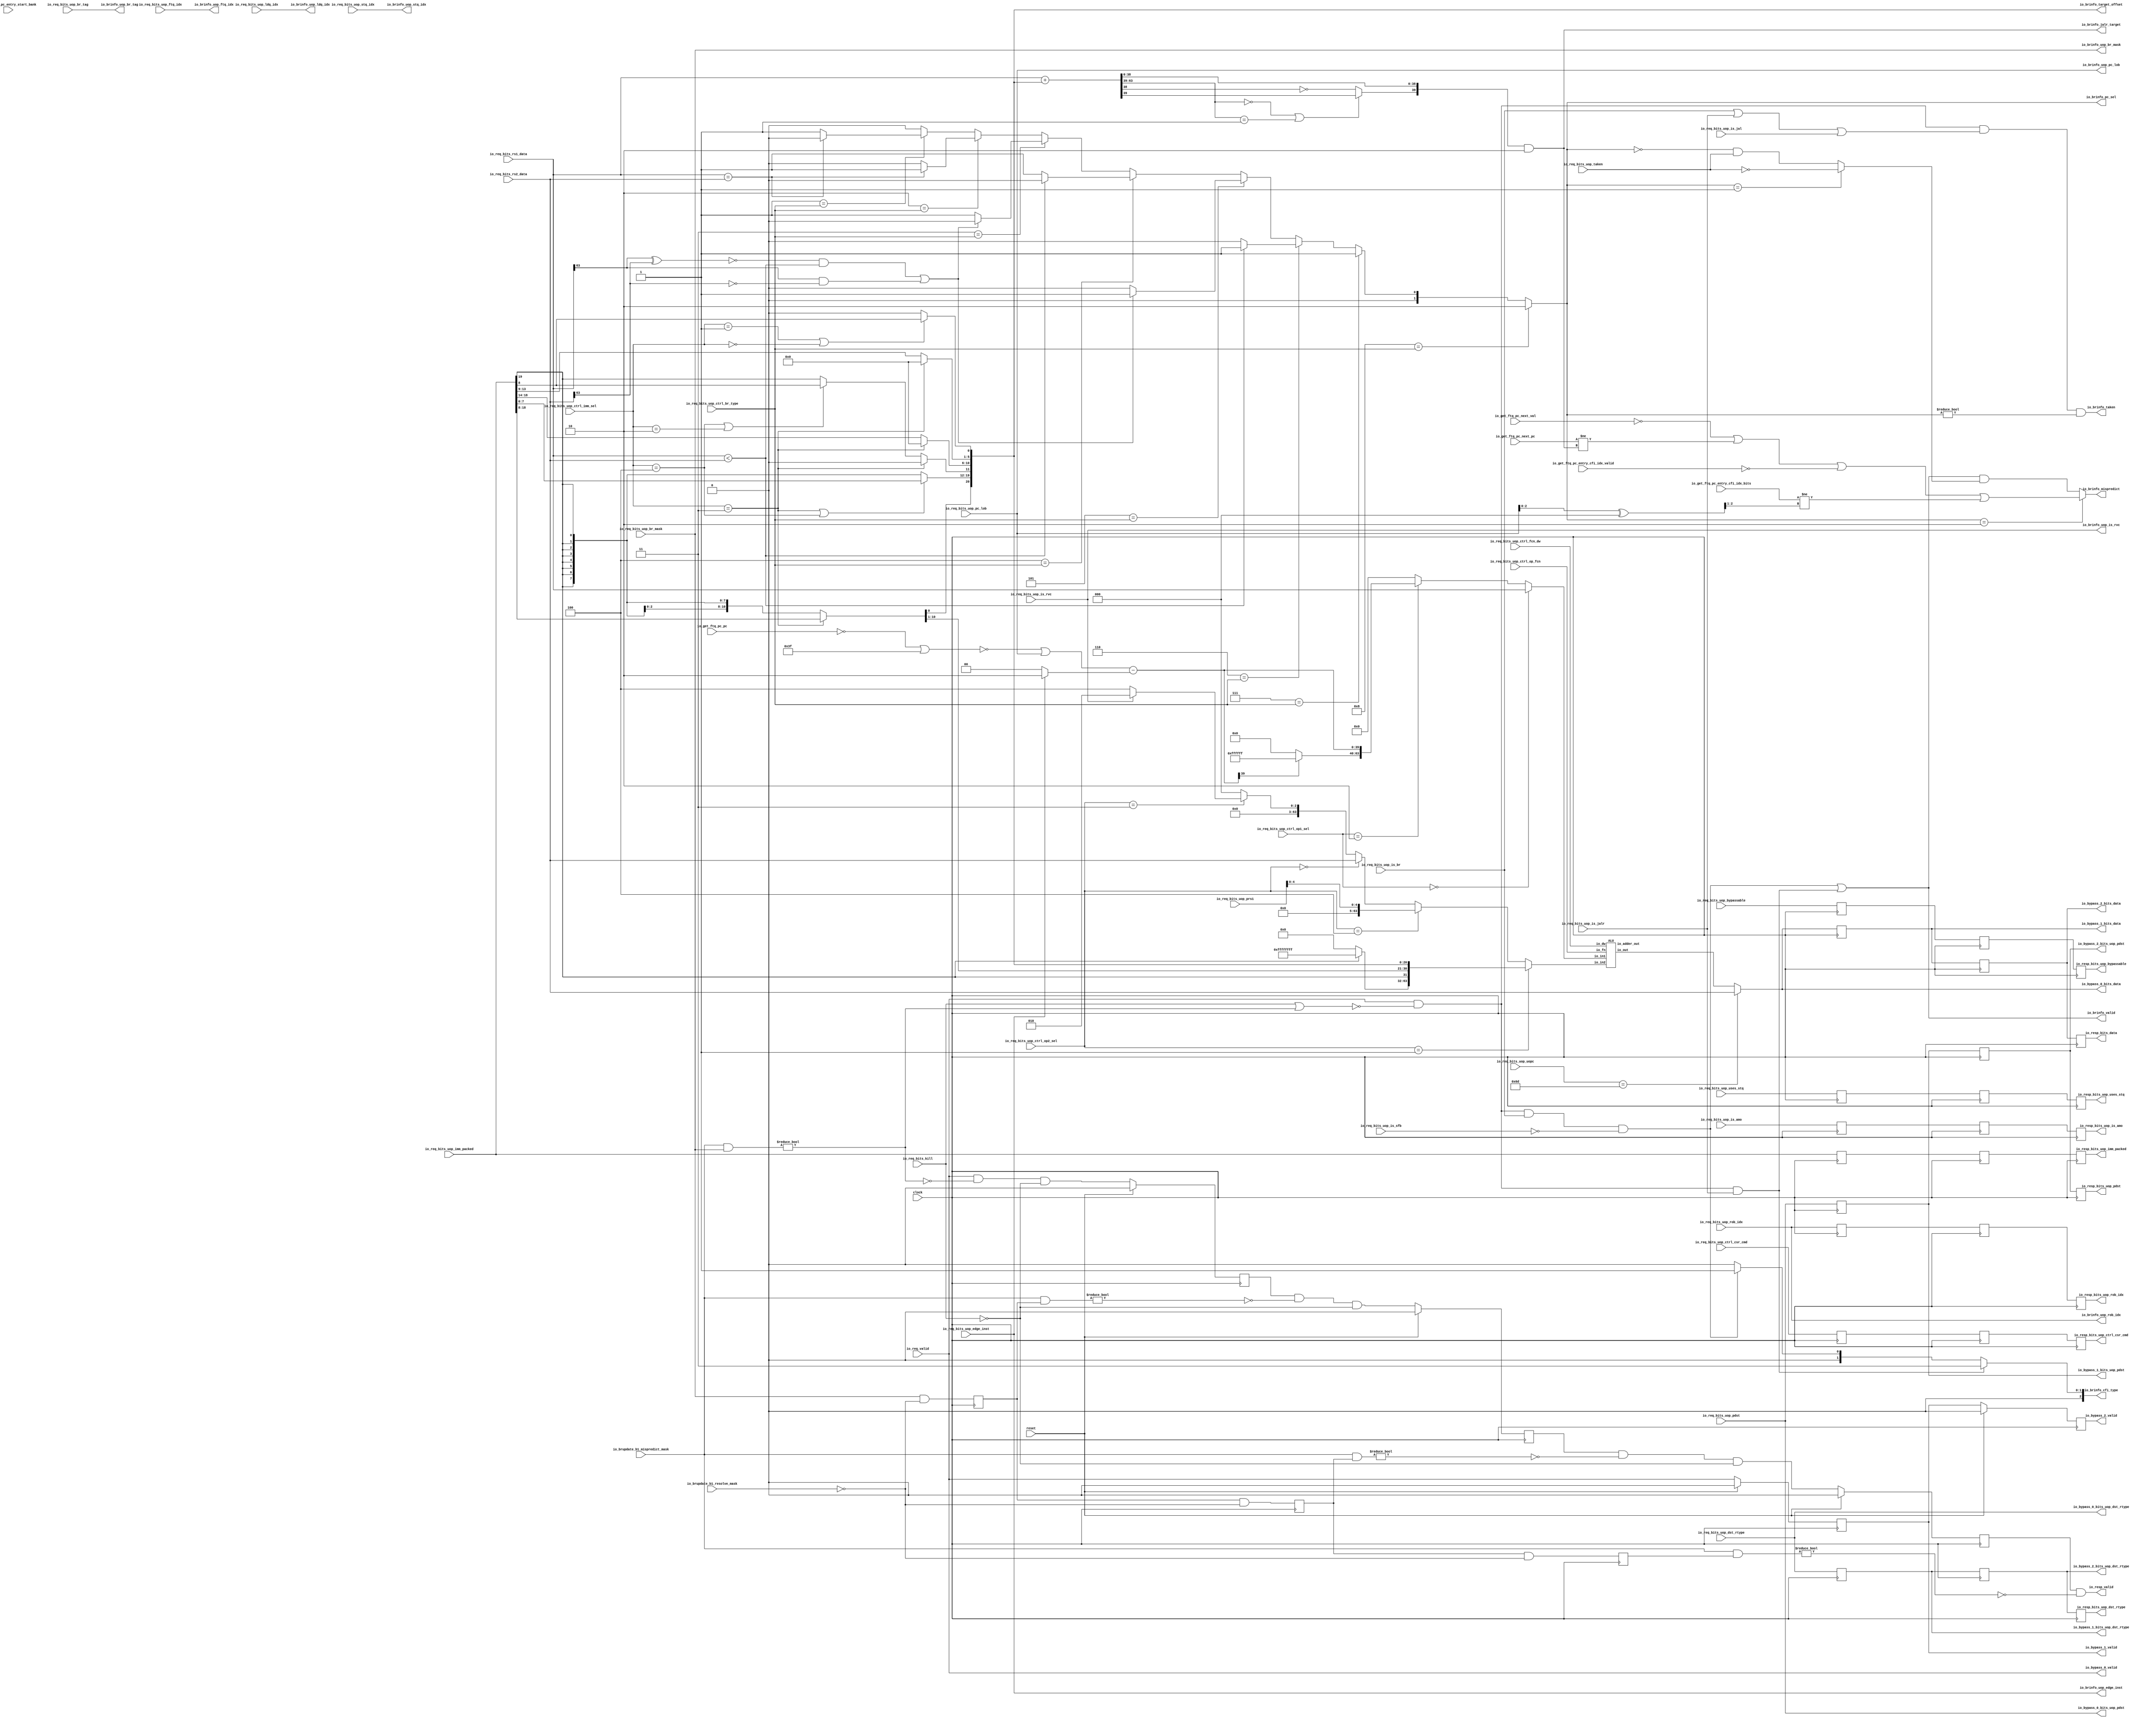
module ALUUnit(
  input         clock,
  input         reset,
  input         io_req_valid,
  input  [6:0]  io_req_bits_uop_uopc,
  input         io_req_bits_uop_is_rvc,
  input  [3:0]  io_req_bits_uop_ctrl_br_type,
  input  [1:0]  io_req_bits_uop_ctrl_op1_sel,
  input  [2:0]  io_req_bits_uop_ctrl_op2_sel,
  input  [2:0]  io_req_bits_uop_ctrl_imm_sel,
  input  [3:0]  io_req_bits_uop_ctrl_op_fcn,
  input         io_req_bits_uop_ctrl_fcn_dw,
  input  [2:0]  io_req_bits_uop_ctrl_csr_cmd,
  input         io_req_bits_uop_is_br,
  input         io_req_bits_uop_is_jalr,
  input         io_req_bits_uop_is_jal,
  input         io_req_bits_uop_is_sfb,
  input  [7:0]  io_req_bits_uop_br_mask,
  input  [2:0]  io_req_bits_uop_br_tag,
  input  [3:0]  io_req_bits_uop_ftq_idx,
  input         io_req_bits_uop_edge_inst,
  input  [5:0]  io_req_bits_uop_pc_lob,
  input         io_req_bits_uop_taken,
  input  [19:0] io_req_bits_uop_imm_packed,
  input  [4:0]  io_req_bits_uop_rob_idx,
  input  [2:0]  io_req_bits_uop_ldq_idx,
  input  [2:0]  io_req_bits_uop_stq_idx,
  input  [5:0]  io_req_bits_uop_pdst,
  input  [5:0]  io_req_bits_uop_prs1,
  input         io_req_bits_uop_bypassable,
  input         io_req_bits_uop_is_amo,
  input         io_req_bits_uop_uses_stq,
  input  [1:0]  io_req_bits_uop_dst_rtype,
  input  [63:0] io_req_bits_rs1_data,
  input  [63:0] io_req_bits_rs2_data,
  input         io_req_bits_kill,
  output        io_resp_valid,
  output [2:0]  io_resp_bits_uop_ctrl_csr_cmd,
  output [19:0] io_resp_bits_uop_imm_packed,
  output [4:0]  io_resp_bits_uop_rob_idx,
  output [5:0]  io_resp_bits_uop_pdst,
  output        io_resp_bits_uop_bypassable,
  output        io_resp_bits_uop_is_amo,
  output        io_resp_bits_uop_uses_stq,
  output [1:0]  io_resp_bits_uop_dst_rtype,
  output [63:0] io_resp_bits_data,
  input  [7:0]  io_brupdate_b1_resolve_mask,
  input  [7:0]  io_brupdate_b1_mispredict_mask,
  output        io_bypass_0_valid,
  output [5:0]  io_bypass_0_bits_uop_pdst,
  output [1:0]  io_bypass_0_bits_uop_dst_rtype,
  output [63:0] io_bypass_0_bits_data,
  output        io_bypass_1_valid,
  output [5:0]  io_bypass_1_bits_uop_pdst,
  output [1:0]  io_bypass_1_bits_uop_dst_rtype,
  output [63:0] io_bypass_1_bits_data,
  output        io_bypass_2_valid,
  output [5:0]  io_bypass_2_bits_uop_pdst,
  output [1:0]  io_bypass_2_bits_uop_dst_rtype,
  output [63:0] io_bypass_2_bits_data,
  output        io_brinfo_uop_is_rvc,
  output [7:0]  io_brinfo_uop_br_mask,
  output [2:0]  io_brinfo_uop_br_tag,
  output [3:0]  io_brinfo_uop_ftq_idx,
  output        io_brinfo_uop_edge_inst,
  output [5:0]  io_brinfo_uop_pc_lob,
  output [4:0]  io_brinfo_uop_rob_idx,
  output [2:0]  io_brinfo_uop_ldq_idx,
  output [2:0]  io_brinfo_uop_stq_idx,
  output        io_brinfo_valid,
  output        io_brinfo_mispredict,
  output        io_brinfo_taken,
  output [2:0]  io_brinfo_cfi_type,
  output [1:0]  io_brinfo_pc_sel,
  output [39:0] io_brinfo_jalr_target,
  output [20:0] io_brinfo_target_offset,
  input         io_get_ftq_pc_entry_cfi_idx_valid,
  input  [1:0]  io_get_ftq_pc_entry_cfi_idx_bits,
  input         io_get_ftq_pc_entry_start_bank,
  input  [39:0] io_get_ftq_pc_pc,
  input         io_get_ftq_pc_next_val,
  input  [39:0] io_get_ftq_pc_next_pc
);
`ifdef RANDOMIZE_REG_INIT
  reg [31:0] _RAND_0;
  reg [31:0] _RAND_1;
  reg [31:0] _RAND_2;
  reg [31:0] _RAND_3;
  reg [31:0] _RAND_4;
  reg [31:0] _RAND_5;
  reg [31:0] _RAND_6;
  reg [31:0] _RAND_7;
  reg [31:0] _RAND_8;
  reg [31:0] _RAND_9;
  reg [31:0] _RAND_10;
  reg [31:0] _RAND_11;
  reg [31:0] _RAND_12;
  reg [31:0] _RAND_13;
  reg [31:0] _RAND_14;
  reg [31:0] _RAND_15;
  reg [31:0] _RAND_16;
  reg [31:0] _RAND_17;
  reg [31:0] _RAND_18;
  reg [31:0] _RAND_19;
  reg [31:0] _RAND_20;
  reg [31:0] _RAND_21;
  reg [31:0] _RAND_22;
  reg [31:0] _RAND_23;
  reg [31:0] _RAND_24;
  reg [31:0] _RAND_25;
  reg [31:0] _RAND_26;
  reg [31:0] _RAND_27;
  reg [31:0] _RAND_28;
  reg [31:0] _RAND_29;
  reg [31:0] _RAND_30;
  reg [31:0] _RAND_31;
  reg [63:0] _RAND_32;
  reg [63:0] _RAND_33;
  reg [63:0] _RAND_34;
`endif // RANDOMIZE_REG_INIT
  wire  alu_io_dw; // @[functional-unit.scala 320:19]
  wire [3:0] alu_io_fn; // @[functional-unit.scala 320:19]
  wire [63:0] alu_io_in2; // @[functional-unit.scala 320:19]
  wire [63:0] alu_io_in1; // @[functional-unit.scala 320:19]
  wire [63:0] alu_io_out; // @[functional-unit.scala 320:19]
  wire [63:0] alu_io_adder_out; // @[functional-unit.scala 320:19]
  reg  r_valids_0; // @[functional-unit.scala 228:27]
  reg  r_valids_1; // @[functional-unit.scala 228:27]
  reg  r_valids_2; // @[functional-unit.scala 228:27]
  reg [2:0] r_uops_0_ctrl_csr_cmd; // @[functional-unit.scala 229:23]
  reg [7:0] r_uops_0_br_mask; // @[functional-unit.scala 229:23]
  reg [19:0] r_uops_0_imm_packed; // @[functional-unit.scala 229:23]
  reg [4:0] r_uops_0_rob_idx; // @[functional-unit.scala 229:23]
  reg [5:0] r_uops_0_pdst; // @[functional-unit.scala 229:23]
  reg  r_uops_0_bypassable; // @[functional-unit.scala 229:23]
  reg  r_uops_0_is_amo; // @[functional-unit.scala 229:23]
  reg  r_uops_0_uses_stq; // @[functional-unit.scala 229:23]
  reg [1:0] r_uops_0_dst_rtype; // @[functional-unit.scala 229:23]
  reg [2:0] r_uops_1_ctrl_csr_cmd; // @[functional-unit.scala 229:23]
  reg [7:0] r_uops_1_br_mask; // @[functional-unit.scala 229:23]
  reg [19:0] r_uops_1_imm_packed; // @[functional-unit.scala 229:23]
  reg [4:0] r_uops_1_rob_idx; // @[functional-unit.scala 229:23]
  reg [5:0] r_uops_1_pdst; // @[functional-unit.scala 229:23]
  reg  r_uops_1_bypassable; // @[functional-unit.scala 229:23]
  reg  r_uops_1_is_amo; // @[functional-unit.scala 229:23]
  reg  r_uops_1_uses_stq; // @[functional-unit.scala 229:23]
  reg [1:0] r_uops_1_dst_rtype; // @[functional-unit.scala 229:23]
  reg [2:0] r_uops_2_ctrl_csr_cmd; // @[functional-unit.scala 229:23]
  reg [7:0] r_uops_2_br_mask; // @[functional-unit.scala 229:23]
  reg [19:0] r_uops_2_imm_packed; // @[functional-unit.scala 229:23]
  reg [4:0] r_uops_2_rob_idx; // @[functional-unit.scala 229:23]
  reg [5:0] r_uops_2_pdst; // @[functional-unit.scala 229:23]
  reg  r_uops_2_bypassable; // @[functional-unit.scala 229:23]
  reg  r_uops_2_is_amo; // @[functional-unit.scala 229:23]
  reg  r_uops_2_uses_stq; // @[functional-unit.scala 229:23]
  reg [1:0] r_uops_2_dst_rtype; // @[functional-unit.scala 229:23]
  wire [7:0] _r_valids_0_T = io_brupdate_b1_mispredict_mask & io_req_bits_uop_br_mask; // @[util.scala 118:51]
  wire  _r_valids_0_T_1 = _r_valids_0_T != 8'h0; // @[util.scala 118:59]
  wire  _r_valids_0_T_4 = ~io_req_bits_kill; // @[functional-unit.scala 232:87]
  wire [7:0] _r_uops_0_br_mask_T = ~io_brupdate_b1_resolve_mask; // @[util.scala 85:27]
  wire [7:0] _r_valids_1_T = io_brupdate_b1_mispredict_mask & r_uops_0_br_mask; // @[util.scala 118:51]
  wire  _r_valids_1_T_1 = _r_valids_1_T != 8'h0; // @[util.scala 118:59]
  wire [7:0] _r_valids_2_T = io_brupdate_b1_mispredict_mask & r_uops_1_br_mask; // @[util.scala 118:51]
  wire  _r_valids_2_T_1 = _r_valids_2_T != 8'h0; // @[util.scala 118:59]
  wire [7:0] _io_resp_valid_T = io_brupdate_b1_mispredict_mask & r_uops_2_br_mask; // @[util.scala 118:51]
  wire  _io_resp_valid_T_1 = _io_resp_valid_T != 8'h0; // @[util.scala 118:59]
  wire  imm_xprlen_sign = io_req_bits_uop_imm_packed[19]; // @[util.scala 273:37]
  wire  _imm_xprlen_i30_20_T = io_req_bits_uop_ctrl_imm_sel == 3'h3; // @[util.scala 274:27]
  wire [10:0] _imm_xprlen_i30_20_T_2 = io_req_bits_uop_imm_packed[18:8]; // @[util.scala 274:46]
  wire  _imm_xprlen_i19_12_T_1 = io_req_bits_uop_ctrl_imm_sel == 3'h4; // @[util.scala 275:44]
  wire [7:0] _imm_xprlen_i19_12_T_4 = io_req_bits_uop_imm_packed[7:0]; // @[util.scala 275:62]
  wire  _imm_xprlen_i11_T_5 = io_req_bits_uop_imm_packed[8]; // @[util.scala 277:60]
  wire  _imm_xprlen_i11_T_6 = _imm_xprlen_i19_12_T_1 | io_req_bits_uop_ctrl_imm_sel == 3'h2 ? $signed(
    _imm_xprlen_i11_T_5) : $signed(imm_xprlen_sign); // @[util.scala 277:21]
  wire [4:0] _imm_xprlen_i10_5_T_2 = io_req_bits_uop_imm_packed[18:14]; // @[util.scala 278:52]
  wire [4:0] _imm_xprlen_i4_1_T_2 = io_req_bits_uop_imm_packed[13:9]; // @[util.scala 279:51]
  wire  imm_xprlen_lo_lo = io_req_bits_uop_ctrl_imm_sel == 3'h1 | io_req_bits_uop_ctrl_imm_sel == 3'h0 ? $signed(
    _imm_xprlen_i11_T_5) : $signed(1'sh0); // @[Cat.scala 31:58]
  wire [4:0] imm_xprlen_lo_hi_lo = _imm_xprlen_i30_20_T ? $signed(5'sh0) : $signed(_imm_xprlen_i4_1_T_2); // @[Cat.scala 31:58]
  wire [4:0] imm_xprlen_lo_hi_hi = _imm_xprlen_i30_20_T ? $signed(5'sh0) : $signed(_imm_xprlen_i10_5_T_2); // @[Cat.scala 31:58]
  wire  imm_xprlen_hi_lo_lo = _imm_xprlen_i30_20_T ? $signed(1'sh0) : $signed(_imm_xprlen_i11_T_6); // @[Cat.scala 31:58]
  wire [7:0] imm_xprlen_hi_lo_hi = _imm_xprlen_i30_20_T | io_req_bits_uop_ctrl_imm_sel == 3'h4 ? $signed(
    _imm_xprlen_i19_12_T_4) : $signed({8{imm_xprlen_sign}}); // @[Cat.scala 31:58]
  wire [10:0] imm_xprlen_hi_hi_lo = io_req_bits_uop_ctrl_imm_sel == 3'h3 ? $signed(_imm_xprlen_i30_20_T_2) : $signed({11
    {imm_xprlen_sign}}); // @[Cat.scala 31:58]
  wire  imm_xprlen_hi_hi_hi = io_req_bits_uop_imm_packed[19]; // @[Cat.scala 31:58]
  wire [31:0] imm_xprlen = {imm_xprlen_hi_hi_hi,imm_xprlen_hi_hi_lo,imm_xprlen_hi_lo_hi,imm_xprlen_hi_lo_lo,
    imm_xprlen_lo_hi_hi,imm_xprlen_lo_hi_lo,imm_xprlen_lo_lo}; // @[util.scala 282:60]
  wire [39:0] _block_pc_T = ~io_get_ftq_pc_pc; // @[util.scala 237:7]
  wire [39:0] _block_pc_T_1 = _block_pc_T | 40'h3f; // @[util.scala 237:11]
  wire [39:0] block_pc = ~_block_pc_T_1; // @[util.scala 237:5]
  wire [39:0] _GEN_5 = {{34'd0}, io_req_bits_uop_pc_lob}; // @[functional-unit.scala 303:28]
  wire [39:0] _uop_pc_T = block_pc | _GEN_5; // @[functional-unit.scala 303:28]
  wire [1:0] _uop_pc_T_1 = io_req_bits_uop_edge_inst ? 2'h2 : 2'h0; // @[functional-unit.scala 303:47]
  wire [39:0] _GEN_6 = {{38'd0}, _uop_pc_T_1}; // @[functional-unit.scala 303:42]
  wire [39:0] uop_pc = _uop_pc_T - _GEN_6; // @[functional-unit.scala 303:42]
  wire [23:0] _T_4 = uop_pc[39] ? 24'hffffff : 24'h0; // @[Bitwise.scala 74:12]
  wire [63:0] _T_5 = {_T_4,uop_pc}; // @[Cat.scala 31:58]
  wire [63:0] _T_6 = io_req_bits_uop_ctrl_op1_sel == 2'h2 ? _T_5 : 64'h0; // @[functional-unit.scala 306:19]
  wire [31:0] _op2_data_T_1 = {imm_xprlen_hi_hi_hi,imm_xprlen_hi_hi_lo,imm_xprlen_hi_lo_hi,imm_xprlen_hi_lo_lo,
    imm_xprlen_lo_hi_hi,imm_xprlen_lo_hi_lo,imm_xprlen_lo_lo}; // @[functional-unit.scala 314:69]
  wire [31:0] _op2_data_T_4 = _op2_data_T_1[31] ? 32'hffffffff : 32'h0; // @[Bitwise.scala 74:12]
  wire [63:0] _op2_data_T_5 = {_op2_data_T_4,_op2_data_T_1}; // @[Cat.scala 31:58]
  wire [2:0] _op2_data_T_10 = io_req_bits_uop_is_rvc ? 3'h2 : 3'h4; // @[functional-unit.scala 317:56]
  wire [2:0] _op2_data_T_11 = io_req_bits_uop_ctrl_op2_sel == 3'h3 ? _op2_data_T_10 : 3'h0; // @[functional-unit.scala 317:21]
  wire [63:0] _op2_data_T_12 = io_req_bits_uop_ctrl_op2_sel == 3'h0 ? io_req_bits_rs2_data : {{61'd0}, _op2_data_T_11}; // @[functional-unit.scala 316:21]
  wire [63:0] _op2_data_T_13 = io_req_bits_uop_ctrl_op2_sel == 3'h4 ? {{59'd0}, io_req_bits_uop_prs1[4:0]} :
    _op2_data_T_12; // @[functional-unit.scala 315:21]
  wire  killed = io_req_bits_kill | _r_valids_0_T_1; // @[functional-unit.scala 331:26]
  wire  br_eq = io_req_bits_rs1_data == io_req_bits_rs2_data; // @[functional-unit.scala 337:21]
  wire  br_ltu = io_req_bits_rs1_data < io_req_bits_rs2_data; // @[functional-unit.scala 338:28]
  wire  _br_lt_T_8 = io_req_bits_rs1_data[63] & ~io_req_bits_rs2_data[63]; // @[functional-unit.scala 340:29]
  wire  br_lt = ~(io_req_bits_rs1_data[63] ^ io_req_bits_rs2_data[63]) & br_ltu | _br_lt_T_8; // @[functional-unit.scala 339:55]
  wire [1:0] _pc_sel_T_1 = ~br_eq ? 2'h1 : 2'h0; // @[functional-unit.scala 344:38]
  wire [1:0] _pc_sel_T_2 = br_eq ? 2'h1 : 2'h0; // @[functional-unit.scala 345:38]
  wire [1:0] _pc_sel_T_4 = ~br_lt ? 2'h1 : 2'h0; // @[functional-unit.scala 346:38]
  wire [1:0] _pc_sel_T_6 = ~br_ltu ? 2'h1 : 2'h0; // @[functional-unit.scala 347:38]
  wire [1:0] _pc_sel_T_7 = br_lt ? 2'h1 : 2'h0; // @[functional-unit.scala 348:38]
  wire [1:0] _pc_sel_T_8 = br_ltu ? 2'h1 : 2'h0; // @[functional-unit.scala 349:38]
  wire [1:0] _pc_sel_T_12 = 4'h1 == io_req_bits_uop_ctrl_br_type ? _pc_sel_T_1 : 2'h0; // @[Mux.scala 81:58]
  wire [1:0] _pc_sel_T_14 = 4'h2 == io_req_bits_uop_ctrl_br_type ? _pc_sel_T_2 : _pc_sel_T_12; // @[Mux.scala 81:58]
  wire [1:0] _pc_sel_T_16 = 4'h3 == io_req_bits_uop_ctrl_br_type ? _pc_sel_T_4 : _pc_sel_T_14; // @[Mux.scala 81:58]
  wire [1:0] _pc_sel_T_18 = 4'h4 == io_req_bits_uop_ctrl_br_type ? _pc_sel_T_6 : _pc_sel_T_16; // @[Mux.scala 81:58]
  wire [1:0] _pc_sel_T_20 = 4'h5 == io_req_bits_uop_ctrl_br_type ? _pc_sel_T_7 : _pc_sel_T_18; // @[Mux.scala 81:58]
  wire [1:0] _pc_sel_T_22 = 4'h6 == io_req_bits_uop_ctrl_br_type ? _pc_sel_T_8 : _pc_sel_T_20; // @[Mux.scala 81:58]
  wire [1:0] _pc_sel_T_24 = 4'h7 == io_req_bits_uop_ctrl_br_type ? 2'h1 : _pc_sel_T_22; // @[Mux.scala 81:58]
  wire [1:0] pc_sel = 4'h8 == io_req_bits_uop_ctrl_br_type ? 2'h2 : _pc_sel_T_24; // @[Mux.scala 81:58]
  wire  _is_taken_T = ~killed; // @[functional-unit.scala 355:20]
  wire  _is_taken_T_1 = io_req_valid & _is_taken_T; // @[functional-unit.scala 354:31]
  wire  _is_taken_T_3 = io_req_bits_uop_is_br | io_req_bits_uop_is_jalr | io_req_bits_uop_is_jal; // @[functional-unit.scala 356:46]
  wire  _is_taken_T_4 = _is_taken_T_1 & _is_taken_T_3; // @[functional-unit.scala 355:28]
  wire  _is_taken_T_5 = pc_sel != 2'h0; // @[functional-unit.scala 357:28]
  wire  is_br = _is_taken_T_1 & io_req_bits_uop_is_br & ~io_req_bits_uop_is_sfb; // @[functional-unit.scala 362:61]
  wire  is_jalr = _is_taken_T_1 & io_req_bits_uop_is_jalr; // @[functional-unit.scala 364:48]
  wire  _GEN_1 = pc_sel == 2'h0 & io_req_bits_uop_taken; // @[functional-unit.scala 370:32 371:18]
  wire  _GEN_2 = pc_sel == 2'h1 ? ~io_req_bits_uop_taken : _GEN_1; // @[functional-unit.scala 373:32 374:18]
  wire  _GEN_3 = (is_br | is_jalr) & _GEN_2; // @[functional-unit.scala 366:27]
  wire [2:0] _brinfo_cfi_type_T = is_br ? 3'h1 : 3'h0; // @[functional-unit.scala 385:31]
  wire [20:0] target_offset = imm_xprlen[20:0]; // @[functional-unit.scala 395:40]
  wire [63:0] _GEN_7 = {{43{target_offset[20]}},target_offset}; // @[functional-unit.scala 411:43]
  wire [63:0] jalr_target_xlen = $signed(io_req_bits_rs1_data) + $signed(_GEN_7); // @[functional-unit.scala 411:60]
  wire [63:0] _jalr_target_a_T = $signed(io_req_bits_rs1_data) + $signed(_GEN_7); // @[functional-unit.scala 403:18]
  wire [24:0] a = _jalr_target_a_T[63:39]; // @[functional-unit.scala 403:25]
  wire  msb = $signed(a) == 25'sh0 | $signed(a) == -25'sh1 ? jalr_target_xlen[39] : ~jalr_target_xlen[38]; // @[functional-unit.scala 404:20]
  wire [39:0] _jalr_target_T_2 = {msb,jalr_target_xlen[38:0]}; // @[functional-unit.scala 412:81]
  wire [39:0] jalr_target = $signed(_jalr_target_T_2) & -40'sh2; // @[functional-unit.scala 412:96]
  wire [3:0] _cfi_idx_T_2 = io_get_ftq_pc_entry_start_bank ? 4'h8 : 4'h0; // @[functional-unit.scala 415:37]
  wire [5:0] _GEN_8 = {{2'd0}, _cfi_idx_T_2}; // @[functional-unit.scala 415:32]
  wire [5:0] _cfi_idx_T_3 = io_req_bits_uop_pc_lob ^ _GEN_8; // @[functional-unit.scala 415:32]
  wire [1:0] cfi_idx = _cfi_idx_T_3[2:1]; // @[functional-unit.scala 415:112]
  wire  _mispredict_T_2 = io_get_ftq_pc_next_pc != jalr_target; // @[functional-unit.scala 419:44]
  wire  _mispredict_T_3 = ~io_get_ftq_pc_next_val | _mispredict_T_2; // @[functional-unit.scala 418:45]
  wire  _mispredict_T_4 = ~io_get_ftq_pc_entry_cfi_idx_valid; // @[functional-unit.scala 420:21]
  wire  _mispredict_T_5 = _mispredict_T_3 | _mispredict_T_4; // @[functional-unit.scala 419:61]
  wire  _mispredict_T_6 = io_get_ftq_pc_entry_cfi_idx_bits != cfi_idx; // @[functional-unit.scala 421:55]
  wire  _mispredict_T_7 = _mispredict_T_5 | _mispredict_T_6; // @[functional-unit.scala 420:56]
  reg  r_val_0; // @[functional-unit.scala 439:23]
  reg  r_val_1; // @[functional-unit.scala 439:23]
  reg [63:0] r_data_0; // @[functional-unit.scala 440:19]
  reg [63:0] r_data_1; // @[functional-unit.scala 440:19]
  reg [63:0] r_data_2; // @[functional-unit.scala 440:19]
  ALU alu ( // @[functional-unit.scala 320:19]
    .io_dw(alu_io_dw),
    .io_fn(alu_io_fn),
    .io_in2(alu_io_in2),
    .io_in1(alu_io_in1),
    .io_out(alu_io_out),
    .io_adder_out(alu_io_adder_out)
  );
  assign io_resp_valid = r_valids_2 & ~_io_resp_valid_T_1; // @[functional-unit.scala 249:47]
  assign io_resp_bits_uop_ctrl_csr_cmd = r_uops_2_ctrl_csr_cmd; // @[functional-unit.scala 251:22]
  assign io_resp_bits_uop_imm_packed = r_uops_2_imm_packed; // @[functional-unit.scala 251:22]
  assign io_resp_bits_uop_rob_idx = r_uops_2_rob_idx; // @[functional-unit.scala 251:22]
  assign io_resp_bits_uop_pdst = r_uops_2_pdst; // @[functional-unit.scala 251:22]
  assign io_resp_bits_uop_bypassable = r_uops_2_bypassable; // @[functional-unit.scala 251:22]
  assign io_resp_bits_uop_is_amo = r_uops_2_is_amo; // @[functional-unit.scala 251:22]
  assign io_resp_bits_uop_uses_stq = r_uops_2_uses_stq; // @[functional-unit.scala 251:22]
  assign io_resp_bits_uop_dst_rtype = r_uops_2_dst_rtype; // @[functional-unit.scala 251:22]
  assign io_resp_bits_data = r_data_2; // @[functional-unit.scala 453:21]
  assign io_bypass_0_valid = io_req_valid; // @[functional-unit.scala 459:22]
  assign io_bypass_0_bits_uop_pdst = io_req_bits_uop_pdst; // @[functional-unit.scala 256:29]
  assign io_bypass_0_bits_uop_dst_rtype = io_req_bits_uop_dst_rtype; // @[functional-unit.scala 256:29]
  assign io_bypass_0_bits_data = io_req_bits_uop_uopc == 7'h6d ? io_req_bits_rs2_data : alu_io_out; // @[functional-unit.scala 444:8]
  assign io_bypass_1_valid = r_val_0; // @[functional-unit.scala 462:24]
  assign io_bypass_1_bits_uop_pdst = r_uops_0_pdst; // @[functional-unit.scala 259:31]
  assign io_bypass_1_bits_uop_dst_rtype = r_uops_0_dst_rtype; // @[functional-unit.scala 259:31]
  assign io_bypass_1_bits_data = r_data_0; // @[functional-unit.scala 463:28]
  assign io_bypass_2_valid = r_val_1; // @[functional-unit.scala 462:24]
  assign io_bypass_2_bits_uop_pdst = r_uops_1_pdst; // @[functional-unit.scala 259:31]
  assign io_bypass_2_bits_uop_dst_rtype = r_uops_1_dst_rtype; // @[functional-unit.scala 259:31]
  assign io_bypass_2_bits_data = r_data_1; // @[functional-unit.scala 463:28]
  assign io_brinfo_uop_is_rvc = io_req_bits_uop_is_rvc; // @[functional-unit.scala 378:20 383:25]
  assign io_brinfo_uop_br_mask = io_req_bits_uop_br_mask; // @[functional-unit.scala 378:20 383:25]
  assign io_brinfo_uop_br_tag = io_req_bits_uop_br_tag; // @[functional-unit.scala 378:20 383:25]
  assign io_brinfo_uop_ftq_idx = io_req_bits_uop_ftq_idx; // @[functional-unit.scala 378:20 383:25]
  assign io_brinfo_uop_edge_inst = io_req_bits_uop_edge_inst; // @[functional-unit.scala 378:20 383:25]
  assign io_brinfo_uop_pc_lob = io_req_bits_uop_pc_lob; // @[functional-unit.scala 378:20 383:25]
  assign io_brinfo_uop_rob_idx = io_req_bits_uop_rob_idx; // @[functional-unit.scala 378:20 383:25]
  assign io_brinfo_uop_ldq_idx = io_req_bits_uop_ldq_idx; // @[functional-unit.scala 378:20 383:25]
  assign io_brinfo_uop_stq_idx = io_req_bits_uop_stq_idx; // @[functional-unit.scala 378:20 383:25]
  assign io_brinfo_valid = is_br | is_jalr; // @[functional-unit.scala 381:34]
  assign io_brinfo_mispredict = pc_sel == 2'h2 ? _mispredict_T_7 : _GEN_3; // @[functional-unit.scala 417:31 418:18]
  assign io_brinfo_taken = _is_taken_T_4 & _is_taken_T_5; // @[functional-unit.scala 356:61]
  assign io_brinfo_cfi_type = is_jalr ? 3'h3 : _brinfo_cfi_type_T; // @[functional-unit.scala 384:31]
  assign io_brinfo_pc_sel = 4'h8 == io_req_bits_uop_ctrl_br_type ? 2'h2 : _pc_sel_T_24; // @[Mux.scala 81:58]
  assign io_brinfo_jalr_target = $signed(_jalr_target_T_2) & -40'sh2; // @[functional-unit.scala 412:96]
  assign io_brinfo_target_offset = imm_xprlen[20:0]; // @[functional-unit.scala 395:40]
  assign alu_io_dw = io_req_bits_uop_ctrl_fcn_dw; // @[functional-unit.scala 325:14]
  assign alu_io_fn = io_req_bits_uop_ctrl_op_fcn; // @[functional-unit.scala 324:14]
  assign alu_io_in2 = io_req_bits_uop_ctrl_op2_sel == 3'h1 ? _op2_data_T_5 : _op2_data_T_13; // @[functional-unit.scala 314:21]
  assign alu_io_in1 = io_req_bits_uop_ctrl_op1_sel == 2'h0 ? io_req_bits_rs1_data : _T_6; // @[functional-unit.scala 305:19]
  always @(posedge clock) begin
    if (reset) begin // @[functional-unit.scala 228:27]
      r_valids_0 <= 1'h0; // @[functional-unit.scala 228:27]
    end else begin
      r_valids_0 <= io_req_valid & ~_r_valids_0_T_1 & ~io_req_bits_kill; // @[functional-unit.scala 232:17]
    end
    if (reset) begin // @[functional-unit.scala 228:27]
      r_valids_1 <= 1'h0; // @[functional-unit.scala 228:27]
    end else begin
      r_valids_1 <= r_valids_0 & ~_r_valids_1_T_1 & _r_valids_0_T_4; // @[functional-unit.scala 238:19]
    end
    if (reset) begin // @[functional-unit.scala 228:27]
      r_valids_2 <= 1'h0; // @[functional-unit.scala 228:27]
    end else begin
      r_valids_2 <= r_valids_1 & ~_r_valids_2_T_1 & _r_valids_0_T_4; // @[functional-unit.scala 238:19]
    end
    r_uops_0_ctrl_csr_cmd <= io_req_bits_uop_ctrl_csr_cmd; // @[functional-unit.scala 233:17]
    r_uops_0_br_mask <= io_req_bits_uop_br_mask & _r_uops_0_br_mask_T; // @[util.scala 85:25]
    r_uops_0_imm_packed <= io_req_bits_uop_imm_packed; // @[functional-unit.scala 233:17]
    r_uops_0_rob_idx <= io_req_bits_uop_rob_idx; // @[functional-unit.scala 233:17]
    r_uops_0_pdst <= io_req_bits_uop_pdst; // @[functional-unit.scala 233:17]
    r_uops_0_bypassable <= io_req_bits_uop_bypassable; // @[functional-unit.scala 233:17]
    r_uops_0_is_amo <= io_req_bits_uop_is_amo; // @[functional-unit.scala 233:17]
    r_uops_0_uses_stq <= io_req_bits_uop_uses_stq; // @[functional-unit.scala 233:17]
    r_uops_0_dst_rtype <= io_req_bits_uop_dst_rtype; // @[functional-unit.scala 233:17]
    r_uops_1_ctrl_csr_cmd <= r_uops_0_ctrl_csr_cmd; // @[functional-unit.scala 239:19]
    r_uops_1_br_mask <= r_uops_0_br_mask & _r_uops_0_br_mask_T; // @[util.scala 85:25]
    r_uops_1_imm_packed <= r_uops_0_imm_packed; // @[functional-unit.scala 239:19]
    r_uops_1_rob_idx <= r_uops_0_rob_idx; // @[functional-unit.scala 239:19]
    r_uops_1_pdst <= r_uops_0_pdst; // @[functional-unit.scala 239:19]
    r_uops_1_bypassable <= r_uops_0_bypassable; // @[functional-unit.scala 239:19]
    r_uops_1_is_amo <= r_uops_0_is_amo; // @[functional-unit.scala 239:19]
    r_uops_1_uses_stq <= r_uops_0_uses_stq; // @[functional-unit.scala 239:19]
    r_uops_1_dst_rtype <= r_uops_0_dst_rtype; // @[functional-unit.scala 239:19]
    r_uops_2_ctrl_csr_cmd <= r_uops_1_ctrl_csr_cmd; // @[functional-unit.scala 239:19]
    r_uops_2_br_mask <= r_uops_1_br_mask & _r_uops_0_br_mask_T; // @[util.scala 85:25]
    r_uops_2_imm_packed <= r_uops_1_imm_packed; // @[functional-unit.scala 239:19]
    r_uops_2_rob_idx <= r_uops_1_rob_idx; // @[functional-unit.scala 239:19]
    r_uops_2_pdst <= r_uops_1_pdst; // @[functional-unit.scala 239:19]
    r_uops_2_bypassable <= r_uops_1_bypassable; // @[functional-unit.scala 239:19]
    r_uops_2_is_amo <= r_uops_1_is_amo; // @[functional-unit.scala 239:19]
    r_uops_2_uses_stq <= r_uops_1_uses_stq; // @[functional-unit.scala 239:19]
    r_uops_2_dst_rtype <= r_uops_1_dst_rtype; // @[functional-unit.scala 239:19]
    if (reset) begin // @[functional-unit.scala 439:23]
      r_val_0 <= 1'h0; // @[functional-unit.scala 439:23]
    end else begin
      r_val_0 <= io_req_valid; // @[functional-unit.scala 445:13]
    end
    if (reset) begin // @[functional-unit.scala 439:23]
      r_val_1 <= 1'h0; // @[functional-unit.scala 439:23]
    end else begin
      r_val_1 <= r_val_0; // @[functional-unit.scala 449:15]
    end
    if (io_req_bits_uop_uopc == 7'h6d) begin // @[functional-unit.scala 444:8]
      r_data_0 <= io_req_bits_rs2_data;
    end else begin
      r_data_0 <= alu_io_out;
    end
    r_data_1 <= r_data_0; // @[functional-unit.scala 450:15]
    r_data_2 <= r_data_1; // @[functional-unit.scala 450:15]
  end
// Register and memory initialization
`ifdef RANDOMIZE_GARBAGE_ASSIGN
`define RANDOMIZE
`endif
`ifdef RANDOMIZE_INVALID_ASSIGN
`define RANDOMIZE
`endif
`ifdef RANDOMIZE_REG_INIT
`define RANDOMIZE
`endif
`ifdef RANDOMIZE_MEM_INIT
`define RANDOMIZE
`endif
`ifndef RANDOM
`define RANDOM $random
`endif
`ifdef RANDOMIZE_MEM_INIT
  integer initvar;
`endif
`ifndef SYNTHESIS
`ifdef FIRRTL_BEFORE_INITIAL
`FIRRTL_BEFORE_INITIAL
`endif
initial begin
  `ifdef RANDOMIZE
    `ifdef INIT_RANDOM
      `INIT_RANDOM
    `endif
    `ifndef VERILATOR
      `ifdef RANDOMIZE_DELAY
        #`RANDOMIZE_DELAY begin end
      `else
        #0.002 begin end
      `endif
    `endif
`ifdef RANDOMIZE_REG_INIT
  _RAND_0 = {1{`RANDOM}};
  r_valids_0 = _RAND_0[0:0];
  _RAND_1 = {1{`RANDOM}};
  r_valids_1 = _RAND_1[0:0];
  _RAND_2 = {1{`RANDOM}};
  r_valids_2 = _RAND_2[0:0];
  _RAND_3 = {1{`RANDOM}};
  r_uops_0_ctrl_csr_cmd = _RAND_3[2:0];
  _RAND_4 = {1{`RANDOM}};
  r_uops_0_br_mask = _RAND_4[7:0];
  _RAND_5 = {1{`RANDOM}};
  r_uops_0_imm_packed = _RAND_5[19:0];
  _RAND_6 = {1{`RANDOM}};
  r_uops_0_rob_idx = _RAND_6[4:0];
  _RAND_7 = {1{`RANDOM}};
  r_uops_0_pdst = _RAND_7[5:0];
  _RAND_8 = {1{`RANDOM}};
  r_uops_0_bypassable = _RAND_8[0:0];
  _RAND_9 = {1{`RANDOM}};
  r_uops_0_is_amo = _RAND_9[0:0];
  _RAND_10 = {1{`RANDOM}};
  r_uops_0_uses_stq = _RAND_10[0:0];
  _RAND_11 = {1{`RANDOM}};
  r_uops_0_dst_rtype = _RAND_11[1:0];
  _RAND_12 = {1{`RANDOM}};
  r_uops_1_ctrl_csr_cmd = _RAND_12[2:0];
  _RAND_13 = {1{`RANDOM}};
  r_uops_1_br_mask = _RAND_13[7:0];
  _RAND_14 = {1{`RANDOM}};
  r_uops_1_imm_packed = _RAND_14[19:0];
  _RAND_15 = {1{`RANDOM}};
  r_uops_1_rob_idx = _RAND_15[4:0];
  _RAND_16 = {1{`RANDOM}};
  r_uops_1_pdst = _RAND_16[5:0];
  _RAND_17 = {1{`RANDOM}};
  r_uops_1_bypassable = _RAND_17[0:0];
  _RAND_18 = {1{`RANDOM}};
  r_uops_1_is_amo = _RAND_18[0:0];
  _RAND_19 = {1{`RANDOM}};
  r_uops_1_uses_stq = _RAND_19[0:0];
  _RAND_20 = {1{`RANDOM}};
  r_uops_1_dst_rtype = _RAND_20[1:0];
  _RAND_21 = {1{`RANDOM}};
  r_uops_2_ctrl_csr_cmd = _RAND_21[2:0];
  _RAND_22 = {1{`RANDOM}};
  r_uops_2_br_mask = _RAND_22[7:0];
  _RAND_23 = {1{`RANDOM}};
  r_uops_2_imm_packed = _RAND_23[19:0];
  _RAND_24 = {1{`RANDOM}};
  r_uops_2_rob_idx = _RAND_24[4:0];
  _RAND_25 = {1{`RANDOM}};
  r_uops_2_pdst = _RAND_25[5:0];
  _RAND_26 = {1{`RANDOM}};
  r_uops_2_bypassable = _RAND_26[0:0];
  _RAND_27 = {1{`RANDOM}};
  r_uops_2_is_amo = _RAND_27[0:0];
  _RAND_28 = {1{`RANDOM}};
  r_uops_2_uses_stq = _RAND_28[0:0];
  _RAND_29 = {1{`RANDOM}};
  r_uops_2_dst_rtype = _RAND_29[1:0];
  _RAND_30 = {1{`RANDOM}};
  r_val_0 = _RAND_30[0:0];
  _RAND_31 = {1{`RANDOM}};
  r_val_1 = _RAND_31[0:0];
  _RAND_32 = {2{`RANDOM}};
  r_data_0 = _RAND_32[63:0];
  _RAND_33 = {2{`RANDOM}};
  r_data_1 = _RAND_33[63:0];
  _RAND_34 = {2{`RANDOM}};
  r_data_2 = _RAND_34[63:0];
`endif // RANDOMIZE_REG_INIT
  `endif // RANDOMIZE
end // initial
`ifdef FIRRTL_AFTER_INITIAL
`FIRRTL_AFTER_INITIAL
`endif
`endif // SYNTHESIS
endmodule
module ALU(
  input         io_dw,
  input  [3:0]  io_fn,
  input  [63:0] io_in2,
  input  [63:0] io_in1,
  output [63:0] io_out,
  output [63:0] io_adder_out
);
  wire [63:0] _in2_inv_T_1 = ~io_in2; // @[ALU.scala 62:35]
  wire [63:0] in2_inv = io_fn[3] ? _in2_inv_T_1 : io_in2; // @[ALU.scala 62:20]
  wire [63:0] in1_xor_in2 = io_in1 ^ in2_inv; // @[ALU.scala 63:28]
  wire [63:0] _io_adder_out_T_1 = io_in1 + in2_inv; // @[ALU.scala 64:26]
  wire [63:0] _GEN_1 = {{63'd0}, io_fn[3]}; // @[ALU.scala 64:36]
  wire  _slt_T_7 = io_fn[1] ? io_in2[63] : io_in1[63]; // @[ALU.scala 69:8]
  wire  slt = io_in1[63] == io_in2[63] ? io_adder_out[63] : _slt_T_7; // @[ALU.scala 68:8]
  wire  _T_2 = io_fn[3] & io_in1[31]; // @[ALU.scala 77:46]
  wire [31:0] _T_4 = _T_2 ? 32'hffffffff : 32'h0; // @[Bitwise.scala 74:12]
  wire [31:0] _T_7 = io_dw ? io_in1[63:32] : _T_4; // @[ALU.scala 78:24]
  wire  _T_10 = io_in2[5] & io_dw; // @[ALU.scala 79:33]
  wire [5:0] shamt = {_T_10,io_in2[4:0]}; // @[Cat.scala 31:58]
  wire [63:0] shin_r = {_T_7,io_in1[31:0]}; // @[Cat.scala 31:58]
  wire  _shin_T_2 = io_fn == 4'h5 | io_fn == 4'hb; // @[ALU.scala 82:35]
  wire [63:0] _GEN_2 = {{32'd0}, shin_r[63:32]}; // @[Bitwise.scala 105:31]
  wire [63:0] _shin_T_6 = _GEN_2 & 64'hffffffff; // @[Bitwise.scala 105:31]
  wire [63:0] _shin_T_8 = {shin_r[31:0], 32'h0}; // @[Bitwise.scala 105:70]
  wire [63:0] _shin_T_10 = _shin_T_8 & 64'hffffffff00000000; // @[Bitwise.scala 105:80]
  wire [63:0] _shin_T_11 = _shin_T_6 | _shin_T_10; // @[Bitwise.scala 105:39]
  wire [63:0] _GEN_3 = {{16'd0}, _shin_T_11[63:16]}; // @[Bitwise.scala 105:31]
  wire [63:0] _shin_T_16 = _GEN_3 & 64'hffff0000ffff; // @[Bitwise.scala 105:31]
  wire [63:0] _shin_T_18 = {_shin_T_11[47:0], 16'h0}; // @[Bitwise.scala 105:70]
  wire [63:0] _shin_T_20 = _shin_T_18 & 64'hffff0000ffff0000; // @[Bitwise.scala 105:80]
  wire [63:0] _shin_T_21 = _shin_T_16 | _shin_T_20; // @[Bitwise.scala 105:39]
  wire [63:0] _GEN_4 = {{8'd0}, _shin_T_21[63:8]}; // @[Bitwise.scala 105:31]
  wire [63:0] _shin_T_26 = _GEN_4 & 64'hff00ff00ff00ff; // @[Bitwise.scala 105:31]
  wire [63:0] _shin_T_28 = {_shin_T_21[55:0], 8'h0}; // @[Bitwise.scala 105:70]
  wire [63:0] _shin_T_30 = _shin_T_28 & 64'hff00ff00ff00ff00; // @[Bitwise.scala 105:80]
  wire [63:0] _shin_T_31 = _shin_T_26 | _shin_T_30; // @[Bitwise.scala 105:39]
  wire [63:0] _GEN_5 = {{4'd0}, _shin_T_31[63:4]}; // @[Bitwise.scala 105:31]
  wire [63:0] _shin_T_36 = _GEN_5 & 64'hf0f0f0f0f0f0f0f; // @[Bitwise.scala 105:31]
  wire [63:0] _shin_T_38 = {_shin_T_31[59:0], 4'h0}; // @[Bitwise.scala 105:70]
  wire [63:0] _shin_T_40 = _shin_T_38 & 64'hf0f0f0f0f0f0f0f0; // @[Bitwise.scala 105:80]
  wire [63:0] _shin_T_41 = _shin_T_36 | _shin_T_40; // @[Bitwise.scala 105:39]
  wire [63:0] _GEN_6 = {{2'd0}, _shin_T_41[63:2]}; // @[Bitwise.scala 105:31]
  wire [63:0] _shin_T_46 = _GEN_6 & 64'h3333333333333333; // @[Bitwise.scala 105:31]
  wire [63:0] _shin_T_48 = {_shin_T_41[61:0], 2'h0}; // @[Bitwise.scala 105:70]
  wire [63:0] _shin_T_50 = _shin_T_48 & 64'hcccccccccccccccc; // @[Bitwise.scala 105:80]
  wire [63:0] _shin_T_51 = _shin_T_46 | _shin_T_50; // @[Bitwise.scala 105:39]
  wire [63:0] _GEN_7 = {{1'd0}, _shin_T_51[63:1]}; // @[Bitwise.scala 105:31]
  wire [63:0] _shin_T_56 = _GEN_7 & 64'h5555555555555555; // @[Bitwise.scala 105:31]
  wire [63:0] _shin_T_58 = {_shin_T_51[62:0], 1'h0}; // @[Bitwise.scala 105:70]
  wire [63:0] _shin_T_60 = _shin_T_58 & 64'haaaaaaaaaaaaaaaa; // @[Bitwise.scala 105:80]
  wire [63:0] _shin_T_61 = _shin_T_56 | _shin_T_60; // @[Bitwise.scala 105:39]
  wire [63:0] shin = io_fn == 4'h5 | io_fn == 4'hb ? shin_r : _shin_T_61; // @[ALU.scala 82:17]
  wire  _shout_r_T_2 = io_fn[3] & shin[63]; // @[ALU.scala 83:35]
  wire [64:0] _shout_r_T_4 = {_shout_r_T_2,shin}; // @[ALU.scala 83:57]
  wire [64:0] _shout_r_T_5 = $signed(_shout_r_T_4) >>> shamt; // @[ALU.scala 83:64]
  wire [63:0] shout_r = _shout_r_T_5[63:0]; // @[ALU.scala 83:73]
  wire [63:0] _GEN_8 = {{32'd0}, shout_r[63:32]}; // @[Bitwise.scala 105:31]
  wire [63:0] _shout_l_T_3 = _GEN_8 & 64'hffffffff; // @[Bitwise.scala 105:31]
  wire [63:0] _shout_l_T_5 = {shout_r[31:0], 32'h0}; // @[Bitwise.scala 105:70]
  wire [63:0] _shout_l_T_7 = _shout_l_T_5 & 64'hffffffff00000000; // @[Bitwise.scala 105:80]
  wire [63:0] _shout_l_T_8 = _shout_l_T_3 | _shout_l_T_7; // @[Bitwise.scala 105:39]
  wire [63:0] _GEN_9 = {{16'd0}, _shout_l_T_8[63:16]}; // @[Bitwise.scala 105:31]
  wire [63:0] _shout_l_T_13 = _GEN_9 & 64'hffff0000ffff; // @[Bitwise.scala 105:31]
  wire [63:0] _shout_l_T_15 = {_shout_l_T_8[47:0], 16'h0}; // @[Bitwise.scala 105:70]
  wire [63:0] _shout_l_T_17 = _shout_l_T_15 & 64'hffff0000ffff0000; // @[Bitwise.scala 105:80]
  wire [63:0] _shout_l_T_18 = _shout_l_T_13 | _shout_l_T_17; // @[Bitwise.scala 105:39]
  wire [63:0] _GEN_10 = {{8'd0}, _shout_l_T_18[63:8]}; // @[Bitwise.scala 105:31]
  wire [63:0] _shout_l_T_23 = _GEN_10 & 64'hff00ff00ff00ff; // @[Bitwise.scala 105:31]
  wire [63:0] _shout_l_T_25 = {_shout_l_T_18[55:0], 8'h0}; // @[Bitwise.scala 105:70]
  wire [63:0] _shout_l_T_27 = _shout_l_T_25 & 64'hff00ff00ff00ff00; // @[Bitwise.scala 105:80]
  wire [63:0] _shout_l_T_28 = _shout_l_T_23 | _shout_l_T_27; // @[Bitwise.scala 105:39]
  wire [63:0] _GEN_11 = {{4'd0}, _shout_l_T_28[63:4]}; // @[Bitwise.scala 105:31]
  wire [63:0] _shout_l_T_33 = _GEN_11 & 64'hf0f0f0f0f0f0f0f; // @[Bitwise.scala 105:31]
  wire [63:0] _shout_l_T_35 = {_shout_l_T_28[59:0], 4'h0}; // @[Bitwise.scala 105:70]
  wire [63:0] _shout_l_T_37 = _shout_l_T_35 & 64'hf0f0f0f0f0f0f0f0; // @[Bitwise.scala 105:80]
  wire [63:0] _shout_l_T_38 = _shout_l_T_33 | _shout_l_T_37; // @[Bitwise.scala 105:39]
  wire [63:0] _GEN_12 = {{2'd0}, _shout_l_T_38[63:2]}; // @[Bitwise.scala 105:31]
  wire [63:0] _shout_l_T_43 = _GEN_12 & 64'h3333333333333333; // @[Bitwise.scala 105:31]
  wire [63:0] _shout_l_T_45 = {_shout_l_T_38[61:0], 2'h0}; // @[Bitwise.scala 105:70]
  wire [63:0] _shout_l_T_47 = _shout_l_T_45 & 64'hcccccccccccccccc; // @[Bitwise.scala 105:80]
  wire [63:0] _shout_l_T_48 = _shout_l_T_43 | _shout_l_T_47; // @[Bitwise.scala 105:39]
  wire [63:0] _GEN_13 = {{1'd0}, _shout_l_T_48[63:1]}; // @[Bitwise.scala 105:31]
  wire [63:0] _shout_l_T_53 = _GEN_13 & 64'h5555555555555555; // @[Bitwise.scala 105:31]
  wire [63:0] _shout_l_T_55 = {_shout_l_T_48[62:0], 1'h0}; // @[Bitwise.scala 105:70]
  wire [63:0] _shout_l_T_57 = _shout_l_T_55 & 64'haaaaaaaaaaaaaaaa; // @[Bitwise.scala 105:80]
  wire [63:0] shout_l = _shout_l_T_53 | _shout_l_T_57; // @[Bitwise.scala 105:39]
  wire [63:0] _shout_T_3 = _shin_T_2 ? shout_r : 64'h0; // @[ALU.scala 85:18]
  wire [63:0] _shout_T_5 = io_fn == 4'h1 ? shout_l : 64'h0; // @[ALU.scala 86:18]
  wire [63:0] shout = _shout_T_3 | _shout_T_5; // @[ALU.scala 85:70]
  wire  _logic_T_1 = io_fn == 4'h6; // @[ALU.scala 89:45]
  wire [63:0] _logic_T_3 = io_fn == 4'h4 | io_fn == 4'h6 ? in1_xor_in2 : 64'h0; // @[ALU.scala 89:18]
  wire [63:0] _logic_T_7 = io_in1 & io_in2; // @[ALU.scala 90:63]
  wire [63:0] _logic_T_8 = _logic_T_1 | io_fn == 4'h7 ? _logic_T_7 : 64'h0; // @[ALU.scala 90:18]
  wire [63:0] logic_ = _logic_T_3 | _logic_T_8; // @[ALU.scala 89:74]
  wire  _shift_logic_T = io_fn >= 4'hc; // @[ALU.scala 42:30]
  wire  _shift_logic_T_1 = _shift_logic_T & slt; // @[ALU.scala 91:35]
  wire [63:0] _GEN_14 = {{63'd0}, _shift_logic_T_1}; // @[ALU.scala 91:43]
  wire [63:0] _shift_logic_T_2 = _GEN_14 | logic_; // @[ALU.scala 91:43]
  wire [63:0] shift_logic = _shift_logic_T_2 | shout; // @[ALU.scala 91:51]
  wire [63:0] out = io_fn == 4'h0 | io_fn == 4'ha ? io_adder_out : shift_logic; // @[ALU.scala 92:16]
  wire [31:0] _io_out_T_2 = out[31] ? 32'hffffffff : 32'h0; // @[Bitwise.scala 74:12]
  wire [63:0] _io_out_T_4 = {_io_out_T_2,out[31:0]}; // @[Cat.scala 31:58]
  assign io_out = ~io_dw ? _io_out_T_4 : out; // @[ALU.scala 94:10 97:{28,37}]
  assign io_adder_out = _io_adder_out_T_1 + _GEN_1; // @[ALU.scala 64:36]
endmodule